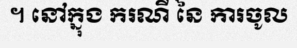
។ នៅក្នុង ករណី នៃ ការចូល